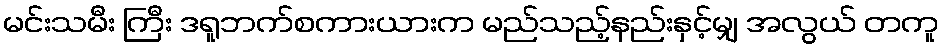
မင်းသမီး ကြီး ဒရူဘက်စကားယားက မည်သည့်နည်းနှင့်မျှ အလွယ် တကူ